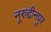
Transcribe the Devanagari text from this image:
नूरुद्दीनपुर